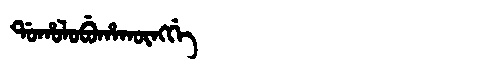
Manchu: ᡩᠣᡥᠣᠯᠣᠪᡠᡥᠠᡴᡡᠩᡤᡝ
Romanization: DOHOLOBUHAKŪNGGE